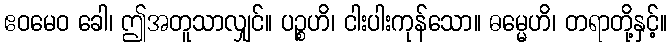
ဧဝမေဝ ခေါ၊ ဤအတူသာလျှင်။ ပဉ္စဟိ၊ ငါးပါးကုန်သော။ ဓမ္မေဟိ၊ တရာတို့နှင့်။